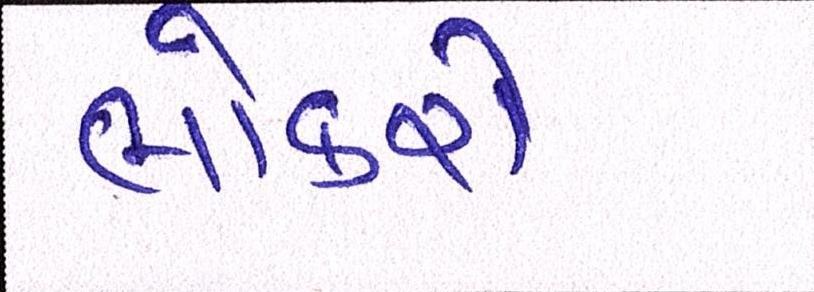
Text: લોકરો